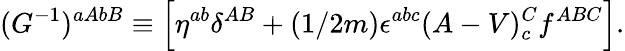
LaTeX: (G^{-1})^{aAbB}\equiv\left[\eta^{ab}\delta^{AB}+(1/2m)\epsilon^{abc}(A-V)_{c}^{C}f^{ABC}\right].